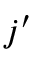
j ^ { \prime }